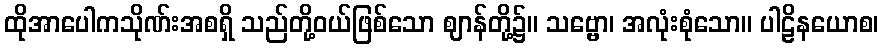
ထိုအာပေါကသိုဏ်းအစရှိ သည်တို့ဝယ်ဖြစ်သော ဈာန်တို့၌။ သဗ္ဗော၊ အလုံးစုံသော။ ပါဠိနယောစ၊